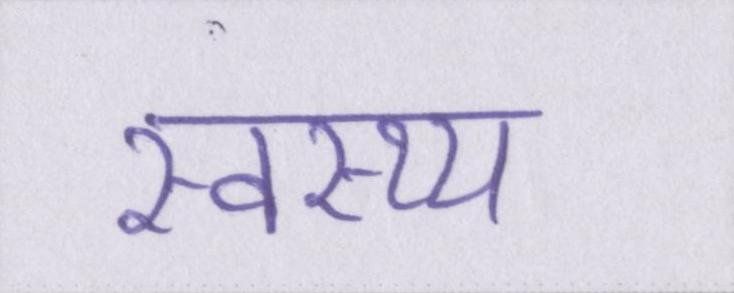
स्वस्थ्य